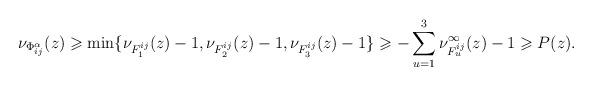
LaTeX: \begin{align*}\nu_{\Phi^{\alpha}_{ij}}(z)&\geqslant\min\{\nu_{F_1^{ij}}(z)-1,\nu_{F_2^{ij}}(z)-1,\nu_{F_3^{ij}}(z)-1\}\geqslant -\sum_{u=1}^3\nu^\infty_{F_u^{ij}}(z)-1\geqslant P(z).\end{align*}